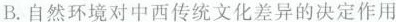
B.自然环境对中西传统文化差异的决定作用